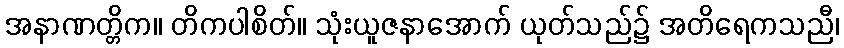
အနာဏတ္တိက။ တိကပါစိတ်။ သုံးယူဇနာအောက် ယုတ်သည်၌ အတိရေကသညီ၊